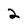
Character: 2